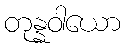
တုန္နဝါယော